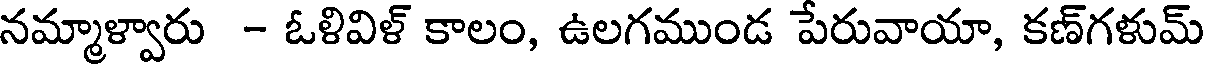
నమ్మాళ్వారు - ఓళివిళ్ కాలం, ఉలగముండ పేరువాయా, కణ్గళుమ్